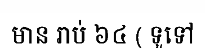
មាន រាប់ ៦៤ ( ទូទៅ